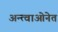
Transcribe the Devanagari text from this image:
अन्त्वाओनेत